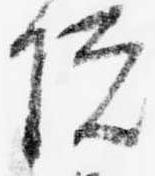
院